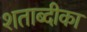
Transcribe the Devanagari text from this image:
शताब्दीका